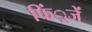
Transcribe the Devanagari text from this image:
फिं्रजें